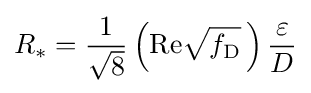
R_{*}={\frac {1}{\sqrt {8}}}\left(\mathrm {Re} {\sqrt {f_{\mathrm {D} }}}\,\right){\frac {\varepsilon }{D}}